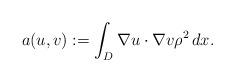
LaTeX: \begin{align*} a(u,v) := \int_{D} \nabla u \cdot \nabla v \rho^2\, dx. \end{align*}